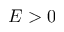
E > 0